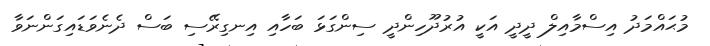
މުޙައްމަދު އިސްމާއިލް ދީދީ އަކީ އުރުދޫހިންދީ ސިންގަޅަ ބަހާއި އިނގިރޭސި ބަސް ދެނެވަޑައިގަންނަވާ